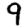
Digit: 9